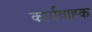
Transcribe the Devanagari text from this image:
कार्यवाह्क